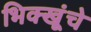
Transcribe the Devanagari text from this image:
भिक्खूंचे